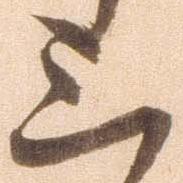
三